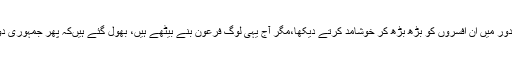
ہم نے جمہوری دور میں ان افسروں کو بڑھ بڑھ کر خوشامد کرتے دیکھا،مگر آج یہی لوگ فرعون بنے بیٹھے ہیں، بھول گئے ہیںکہ پھر جمہوری دور آنے والا ہے۔